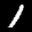
Label: 1